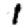
Digit: 1